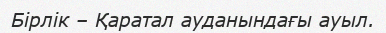
Бірлік – Қаратал ауданындағы ауыл.